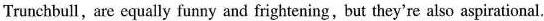
Trunchbull, are equally funny and frightening,but they're also aspirational.